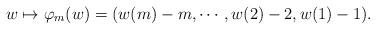
LaTeX: \begin{align*} w\mapsto \varphi_m(w)=(w(m)-m, \cdots, w(2)-2, w(1)-1). \end{align*}